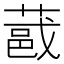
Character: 𫉏